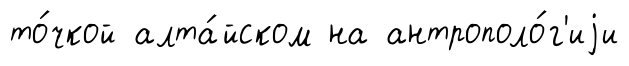
то́чкой алта́йском на антрополо́г'иjи